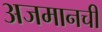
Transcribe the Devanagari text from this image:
अजमानची